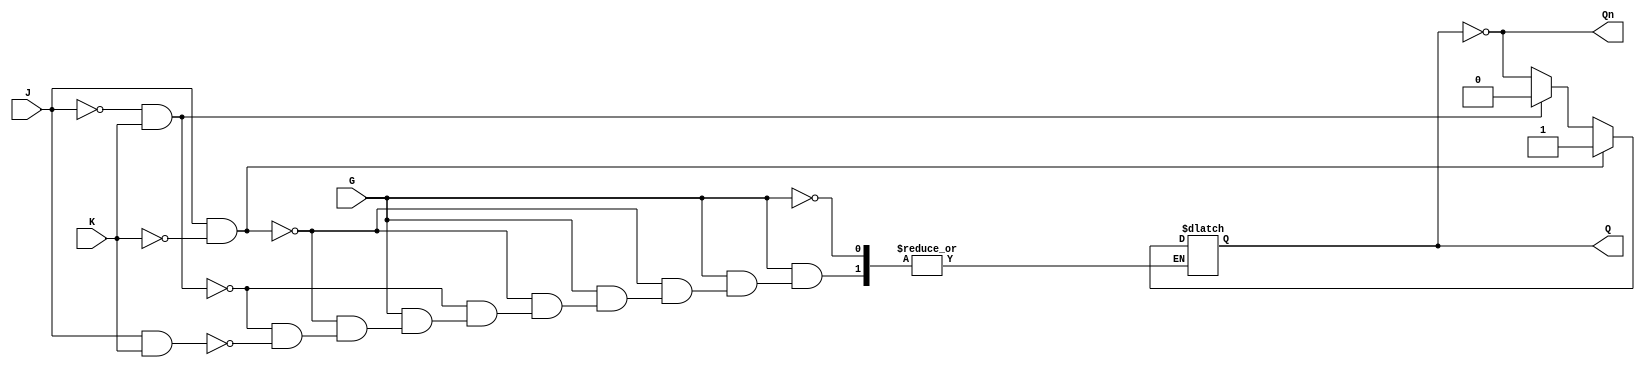
module GatedJKLatch (
    input wire J,      // Set input
    input wire K,      // Reset input
    input wire G,      // Enable input
    output reg Q,      // Main output
    output wire Qn     // Complementary output
);

    assign Qn = ~Q; // Complementary output

    always @(*) begin
        if (G) begin
            if (J && !K) begin
                Q = 1'b1; // Set
            end else if (!J && K) begin
                Q = 1'b0; // Reset
            end else if (J && K) begin
                Q = ~Q; // Toggle
            end else begin
                Q = Q; // Hold
            end
        end
        // If G is low, Q retains its previous state
    end

endmodule